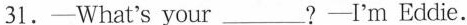
31.——What's your___?——I'm Eddie.